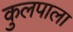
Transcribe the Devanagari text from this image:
कुलपाला